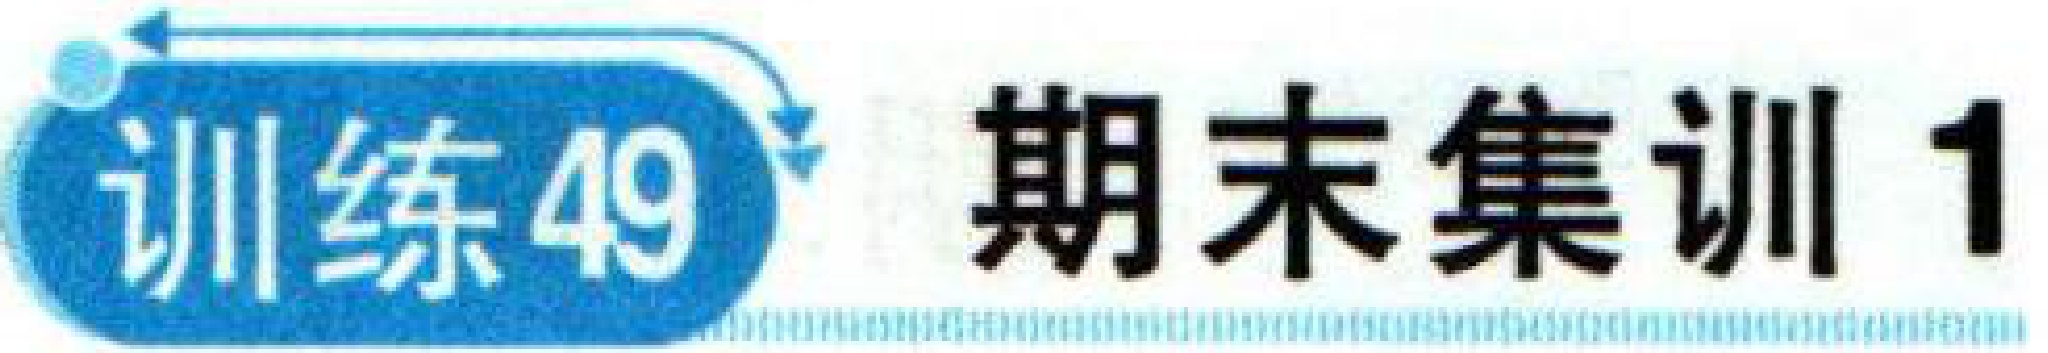
训练49 期末集训1